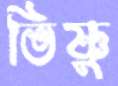
ভিষ্ণু